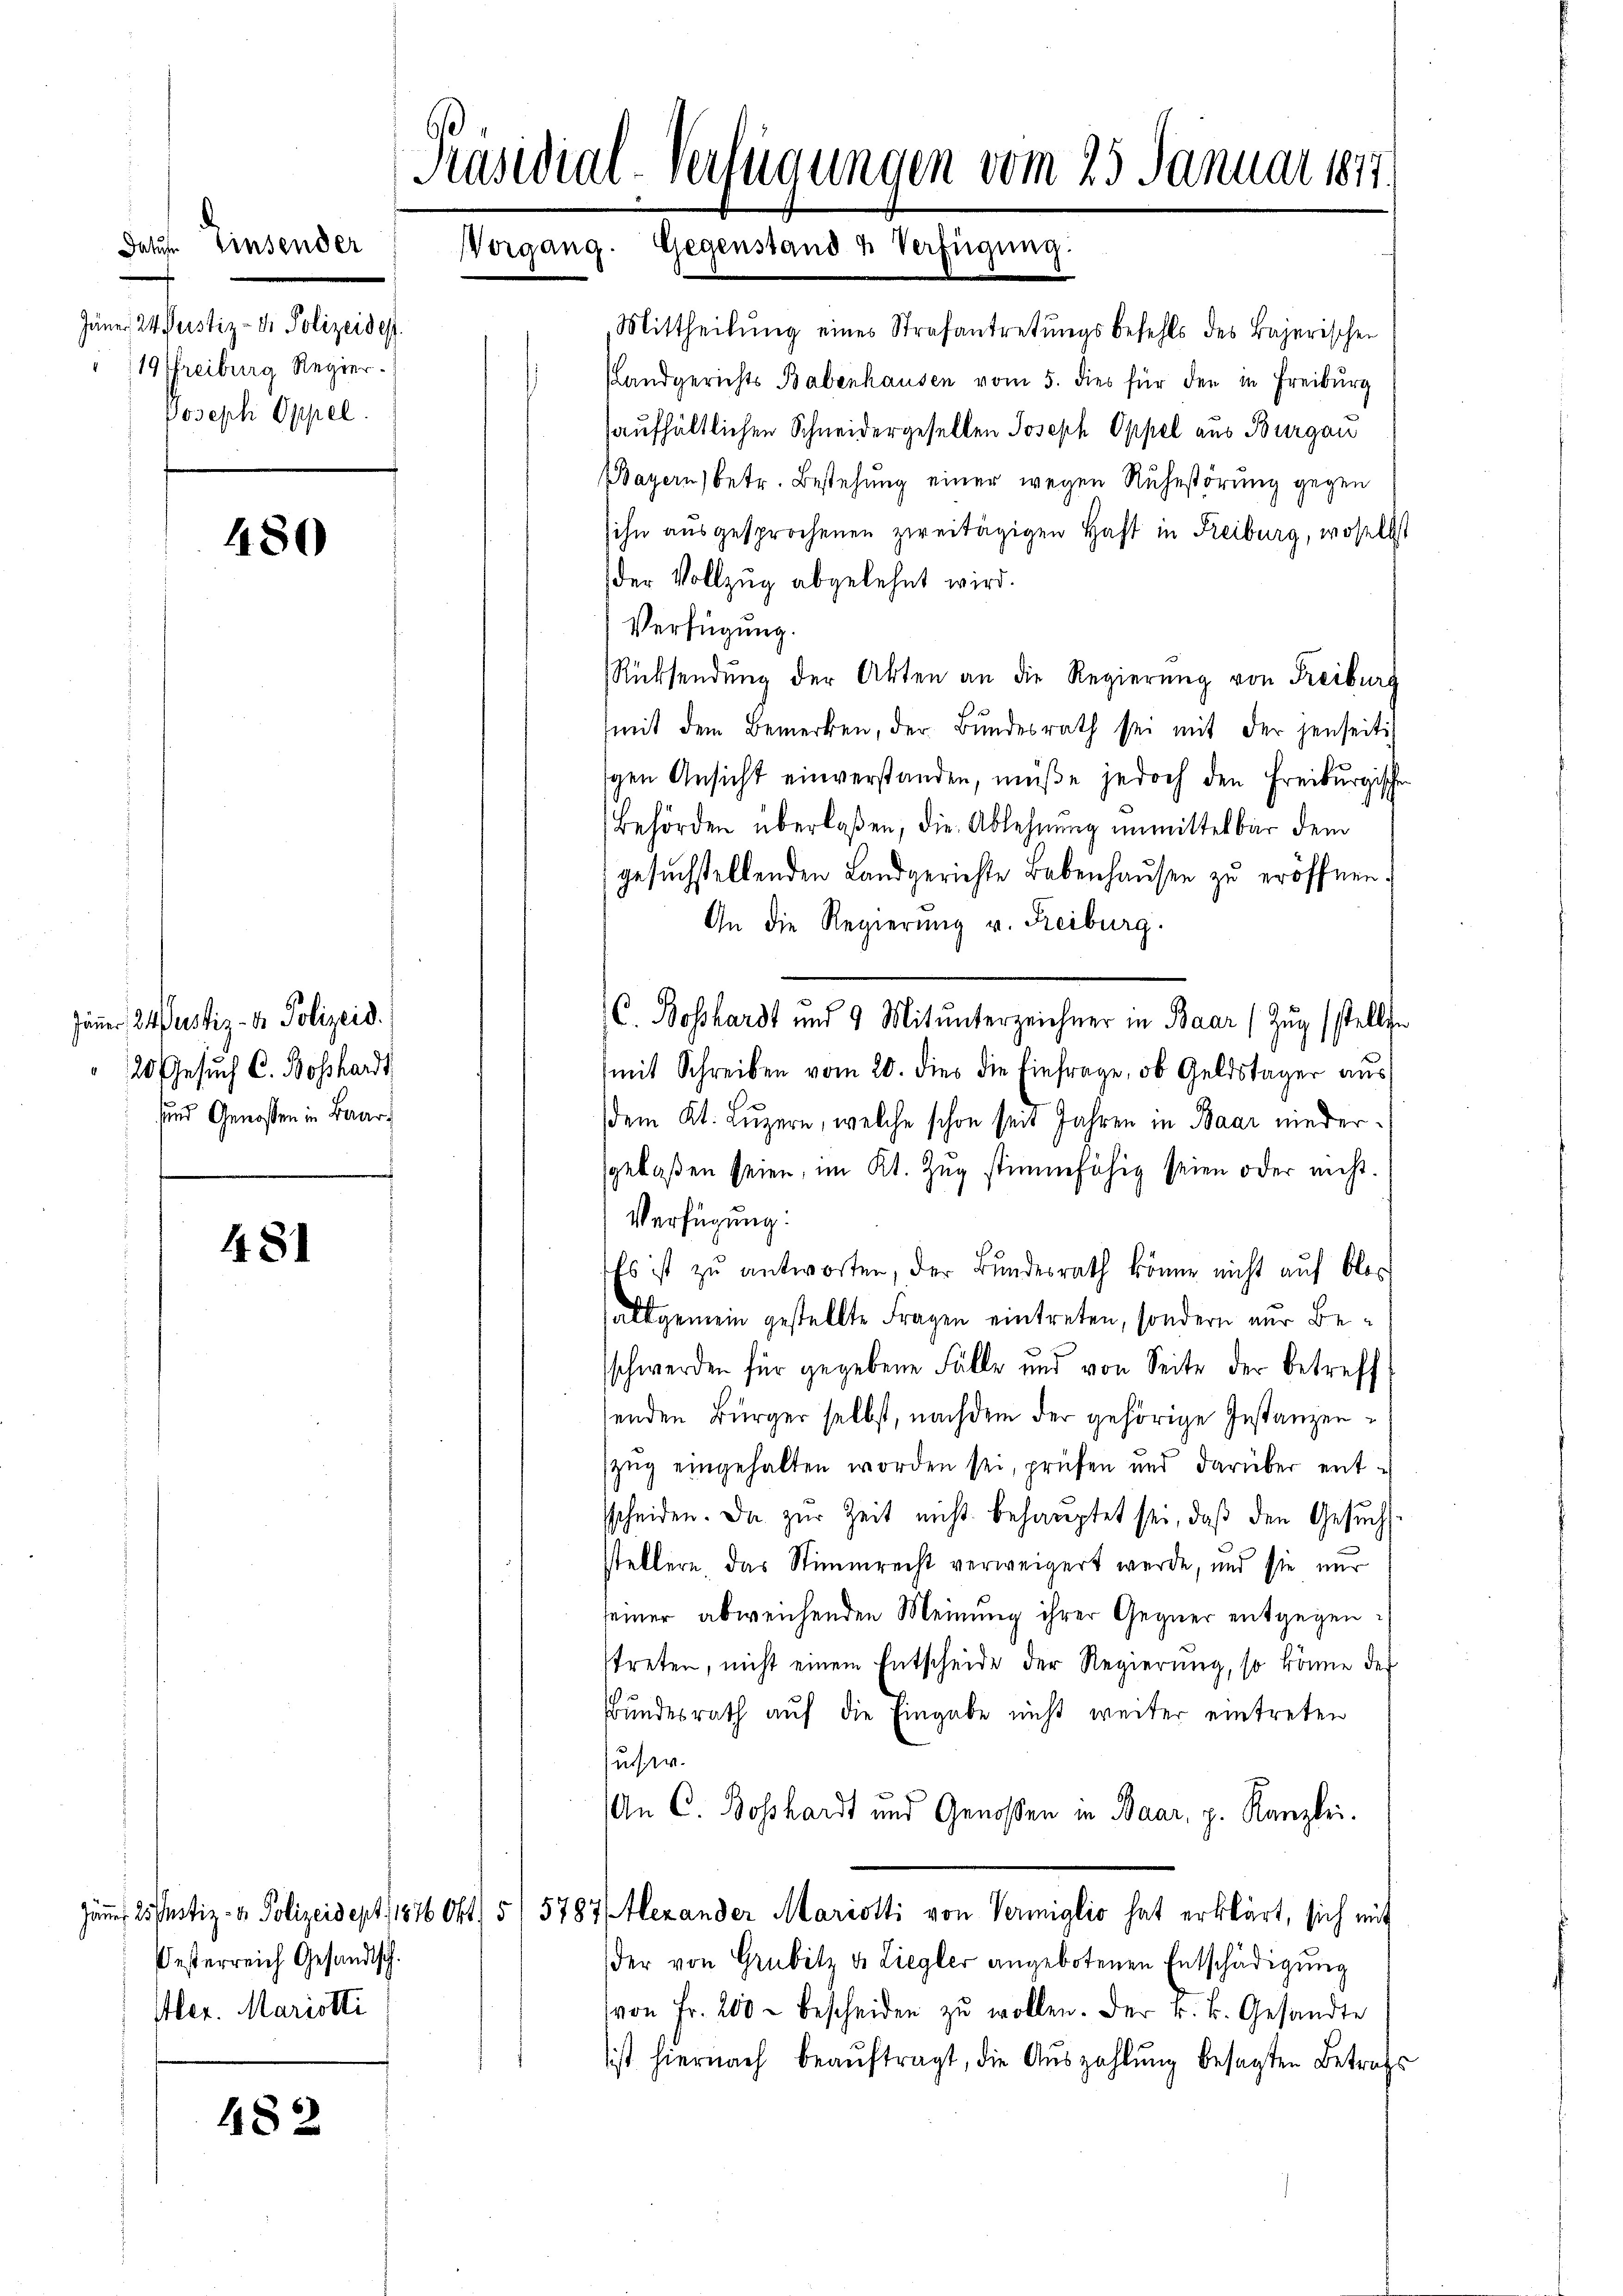
datus. Einsender
Jäner Infustiz- & Polizeises.
19 Freiburg Regier
Joseph Oppel.

480

Jäner 24 Justiz- & Polizeid.
20 Gesuch C. Boßhardt,
und Genossen in Baar¬

481

482

Oesterreich Gesandtsch.
Aler. Mariotti

Präsidial-Verfügungen vom 25. Januar 1817.
Vorgang. Gegenstand & Verfügung:

Mittheilŭng eines Strafantretŭngsbefehls des Bajerischen
Landgerichts Babenhausen vom 5. dies für den in Freiburg
aufhältlichen Schneidergesellen Joseph Oppel aus Burgau
Bayern) betr. Bestehung einer wegen Ruhestörung gegen
sihn ausgesprochenen zweitägigen Haft in Freiburg, woselbst
der Vollzug abgelehnt wird.
Verfügung.
Rücksendung der Akten an die Regierung von Freiburg
(mit dem Bemerken, der Bundesrath sei mit der jenseitigen Ansicht einverstanden, müße jedoch den Freiburgischen
Behörden überlaßen, die Ablehnung unmittelbar dem
gesuchstellenden Landgerichte Lebenhaŭsen zu eröffnen.
An die Regierung v. Freiburg.
C. Boßhardt und 9 Mitunterzeichner in Baar (Zug (stellen
mit Schreiben vom 20. dies die Einfrage, ob Geldstager aus
dem Kt. Luzern, welche schon seit Jahren in Baar niedergelaßen seien, im Kt. Zug stimmfähig seien oder nicht.
Verfügung:
Als ist zu antworten, der Bundesrath könne nicht auf blos
allgemein gestellte Fragen eintreten, sondern nur Beschwerden für gegebene Fälle und von Seite der betreff
senden Bürger selbst, nachdem der gehörige Instanzenzŭg eingehalten worden sei, prüfen und darüber ent-
sscheiden. Da zur Zeit nicht behauptet sei, daß den Gesuch
stellern, das Stimmrecht verweigert werde, und sie nur
seiner abweichenden Meinung ihrer Gegner entgegentreten, nicht einem Entscheide der Regierung, so könne der
Bundesrath auf die Eingabe nicht weiter eintreten
suser.
An C. Bosshardt und Genoßen in Baar, p. Kanzlei.
Jäns 25 ustiz- & Polizeisept 1876 Okt, 5 (5787/ Alexander Mariotti von Vermiglio hat erklärt, sich mit
der von Grubitz u. Ziegler angebotenen Entschädigŭng
von Fr. 200 - bescheiden zŭ wollen. Der k. k. Gesandte
ist hiernach beaŭftragt, die Auszahlung besagten Betrafs